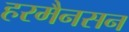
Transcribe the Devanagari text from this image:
हरमैनसन